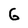
Character: G